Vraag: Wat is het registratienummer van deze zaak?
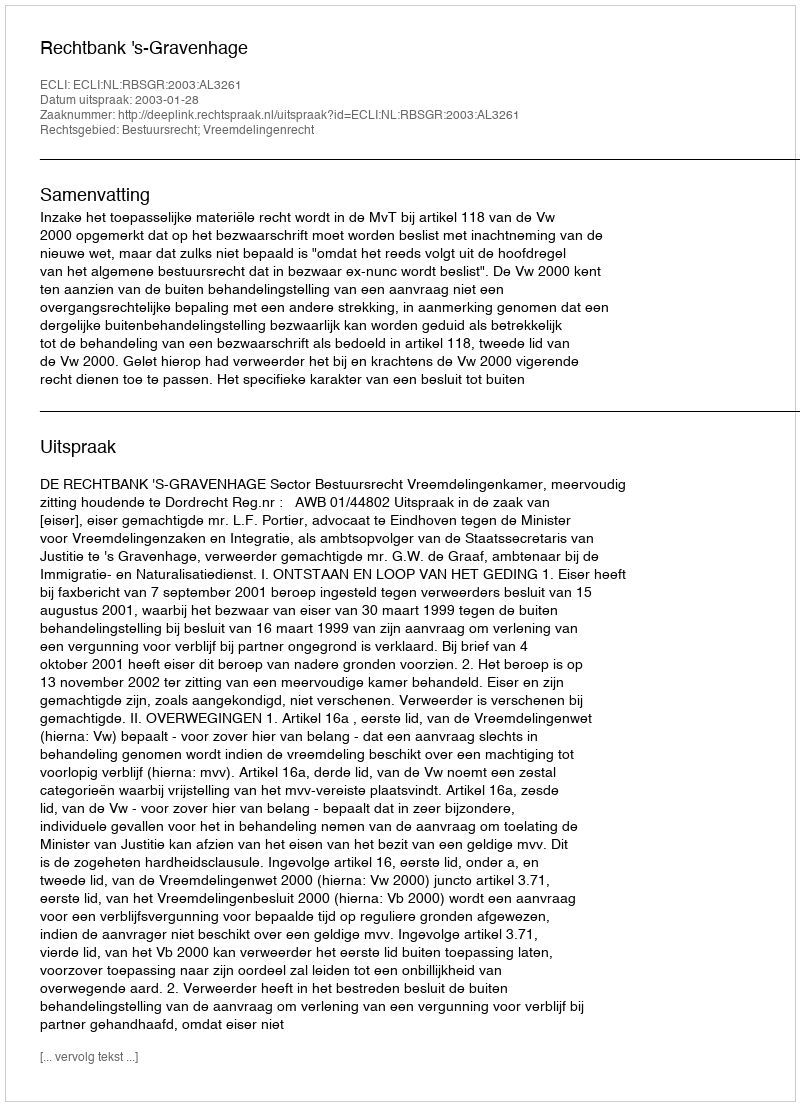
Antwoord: http://deeplink.rechtspraak.nl/uitspraak?id=ECLI:NL:RBSGR:2003:AL3261